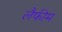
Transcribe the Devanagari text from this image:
लैफीम